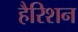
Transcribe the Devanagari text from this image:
हैरिशन